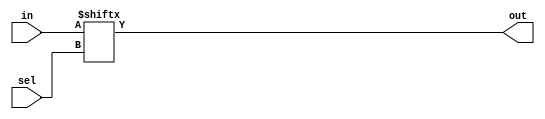
// This program was cloned from: https://github.com/Yvan-xy/verilog-doc
// License: GNU General Public License v2.0

module top_module (
	input [255:0] in,
	input [7:0] sel,
	output  out
);

	// Select one bit from vector in[]. The bit being selected can be variable.
	assign out = in[sel];
	
endmodule